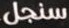
سنجل